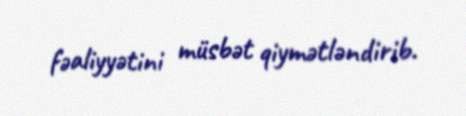
fəaliyyətini müsbət qiymətləndirib.